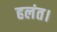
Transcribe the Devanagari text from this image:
हलंत।